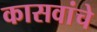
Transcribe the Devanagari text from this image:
कासवांचे